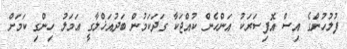
ފުލުހުންގެ އިސް އޮފިސަރަކު އަންހެން ކުއްޖަކާ ގަދަކަމުން ބަދުއަޚްލާގީ ޢަމަލު ހިންގި ކަމަށް